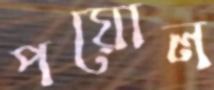
পয়োল